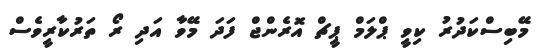
މޭބިސްކަދުރު ކިވީ ޕްލަމް ޕީޗް އޮރެންޖް ފަދަ މޭވާ އަދި ރޯ ތަރުކާރީވެސް